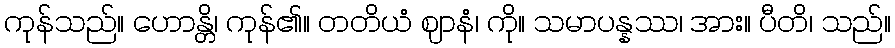
ကုန်သည်။ ဟောန္တိ၊ ကုန်၏။ တတိယံ ဈာနံ၊ ကို။ သမာပန္နဿ၊ အား။ ပီတိ၊ သည်။